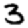
Digit: 3